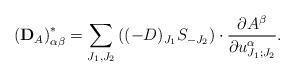
LaTeX: \begin{align*}\left(\bold{D}_A\right)^{\ast}_{\alpha\beta}=\sum_{J_1,J_2}\left((-D)_{J_1}S_{-J_2}\right)\cdot\frac{\partial A^{\beta}}{\partial u^{\alpha}_{J_1;J_2}}.\end{align*}